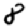
Digit: 8